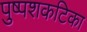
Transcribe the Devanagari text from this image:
पुष्पशकटिका